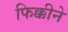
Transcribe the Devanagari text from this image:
फिक्कीने